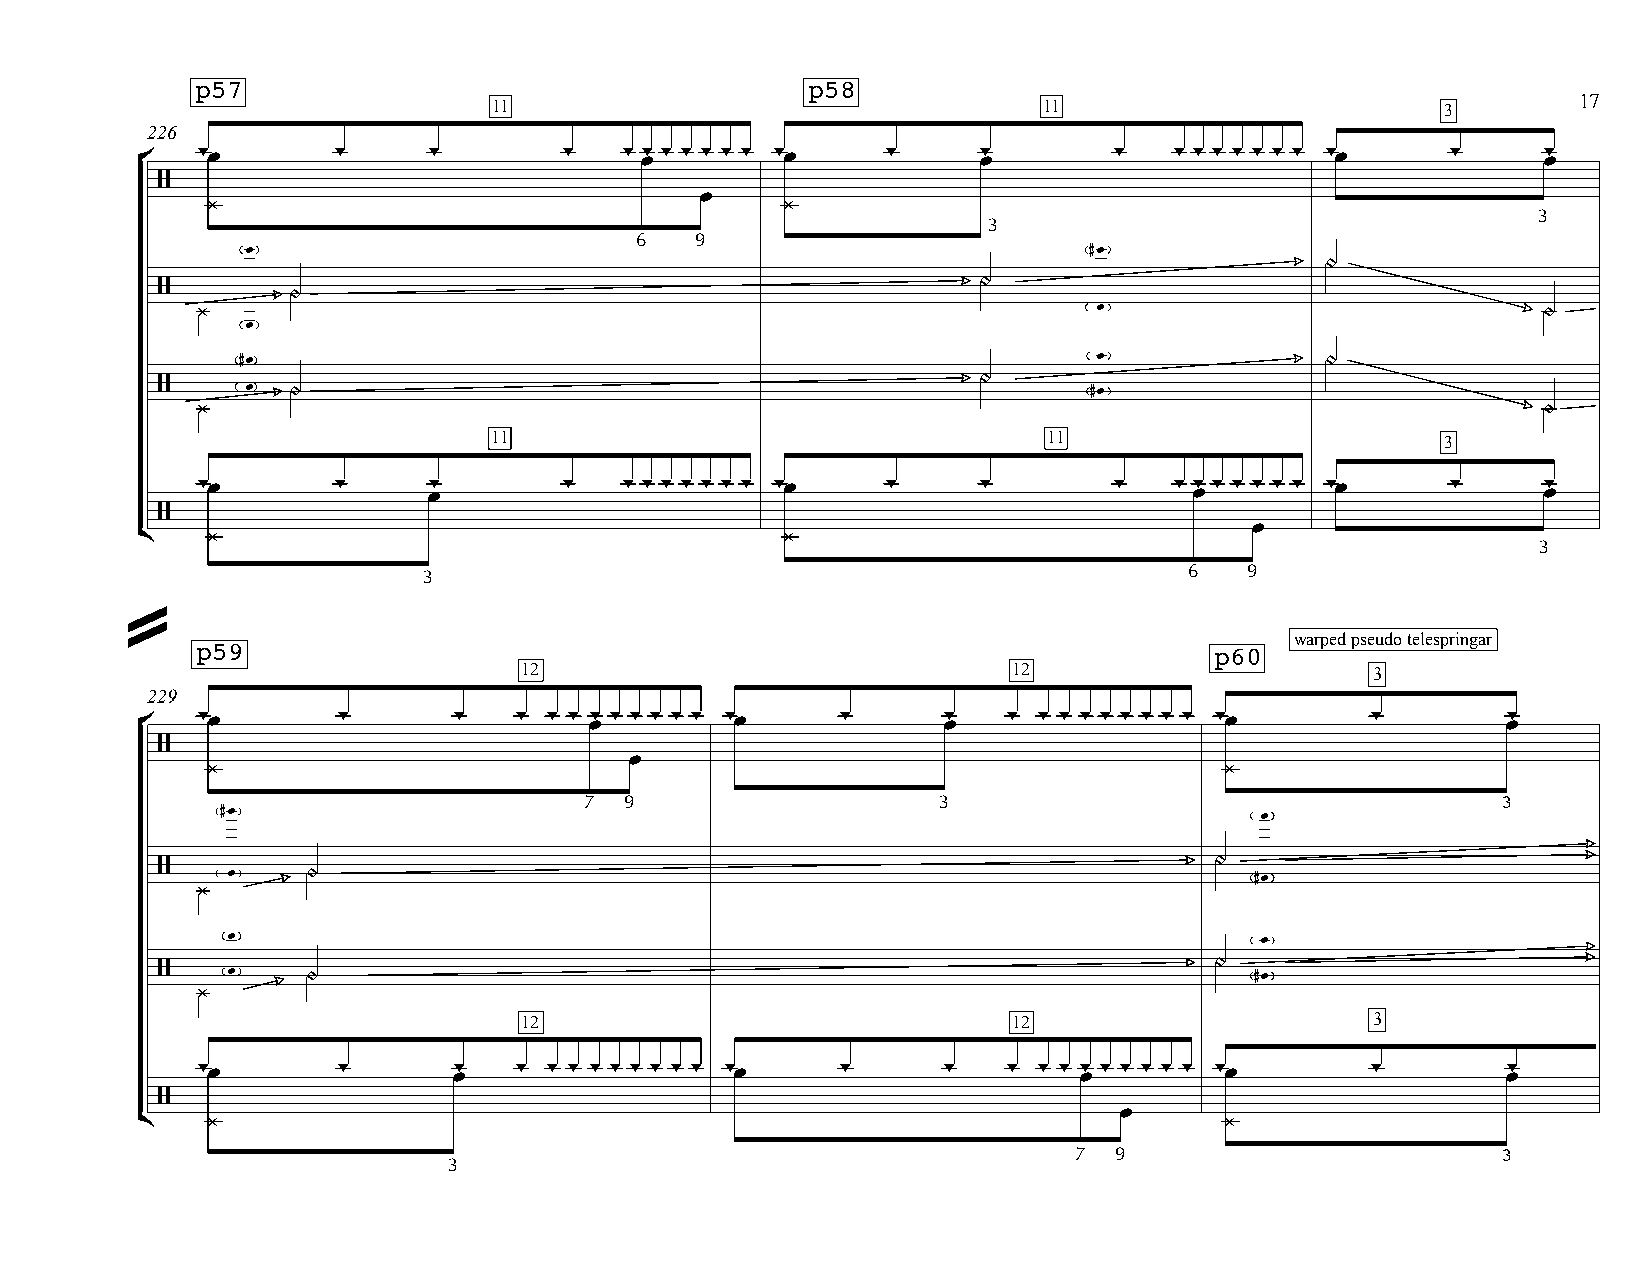
p57                                     p58
 17
 11                                  11                         3
 226
 -œ       -     -        -   -œ-- - - - - -œ   -     œ-       -   --- - - - - -œ    -     œ-
 °
 /
 œ
 ¿                                     ¿
 3
 3
 6   9
 œ                                                       #œ
 OO
 OO
 /        OO
 ¿                                                           œ                            OO
 œ
 #œ                                                       œ              OO
 OO
 /     œ  OO                                                   #œ
 ¿                                                                                        OO
 11                                  11                         3
 -œ       -     œ-       -   --- - - - - -œ    -     -        -   -œ-- - - - - -œ   -     œ-
 /
 œ
 ¢    ¿                                     ¿
 3
 3                                                  6  9
 =                                                                             warped pseudo telespringar
 p59                                                                p60
 12                               12                      3
 229
 -œ       -       -   - - - œ- - - - - - -œ -     œ-   - - - - - - - - - -œ    -        œ-
 °
 /
 œ
 ¿                                                                  ¿
 7 9                    3                                    3
 #œ                                                                  œ
 OO
 /    œ    OO                                                             #œ
 ¿
 œ                                                                   œ
 OO
 /    œ    OO                                                             #œ
 ¿
 12                               12                      3
 -œ       -       œ-  - - - - - - - - - -œ  -     -    - - - œ- - - - - - -œ   -        œ-
 /
 œ
 ¢    ¿                                                                  ¿
 7  9                        3
 3